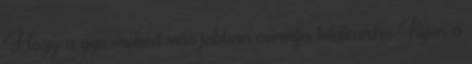
Hogy a gyermeked már jobban csinálja totalcar.hu Ilyen a